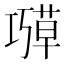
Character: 𫶱